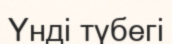
Үнді түбегі